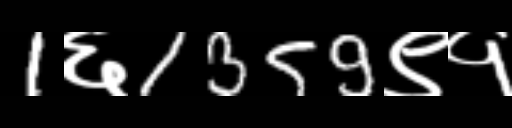
Text: 1६1359९१